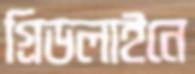
গ্রিডলাইনে